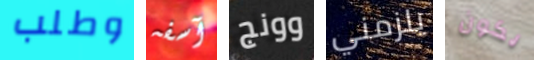
وطلب آسفه وونج يلزمني يكون